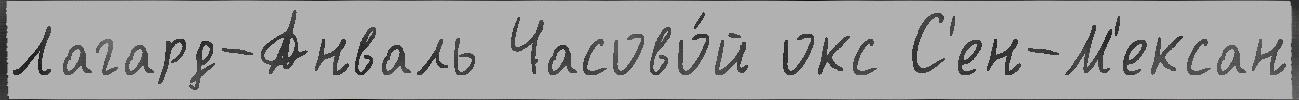
Лагард-Анваль Часово́й окс С'ен-М'ексан